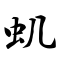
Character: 虮